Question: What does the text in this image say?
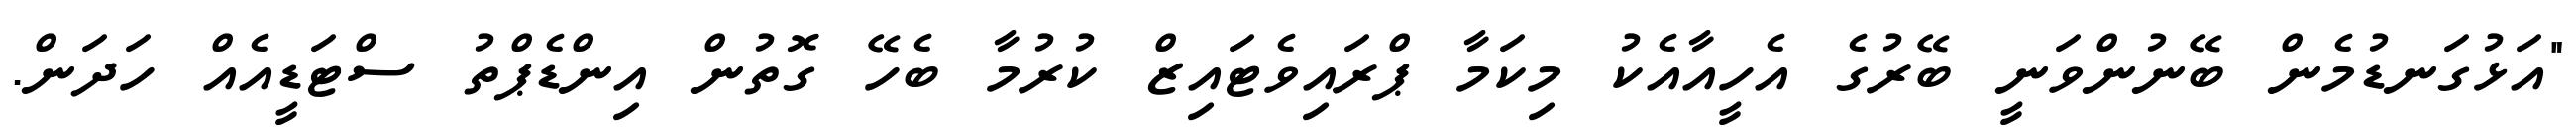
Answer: "އަޅުގަނޑުމެން ބޭނުންވަނީ ބޭރުގެ އެހީއާއެކު މިކަމާ ޕްރައިވެޓައިޒް ކުރުމާ ބެހޭ ގޮތުން އިންޑެޕްތު ސްޓަޑީއެއް ހަދަން.